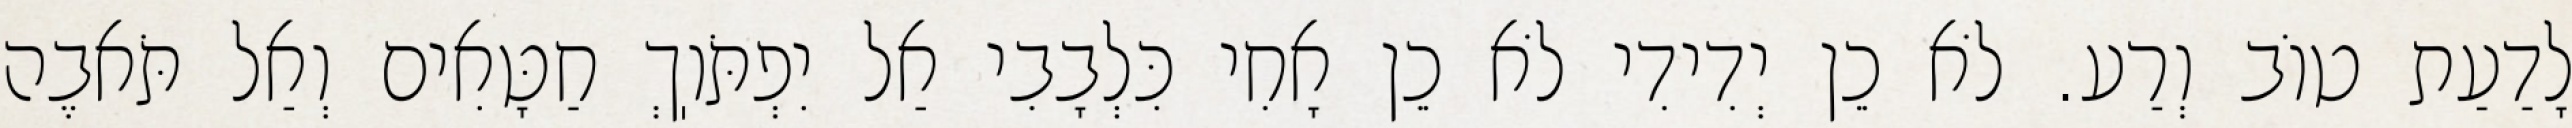
לָדַעַת טוֹב וְרַע. לֹא כֵן יְדִידִי לֹא כֵן אָחִי כִּלְבָבִי אַל יִפְתֹּוֽךְ חַטָּאִים וְאַל תֹּאבֶה